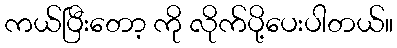
ကယ်ပြီးတော့ ကို လိုက်ပို့ပေးပါတယ်။